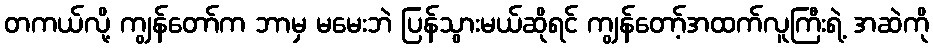
တကယ်လို့ ကျွန်တော်က ဘာမှ မမေးဘဲ ပြန်သွားမယ်ဆိုရင် ကျွန်တော့်အထက်လူကြီးရဲ့ အဆဲကို